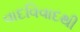
વાદવિવાદથી